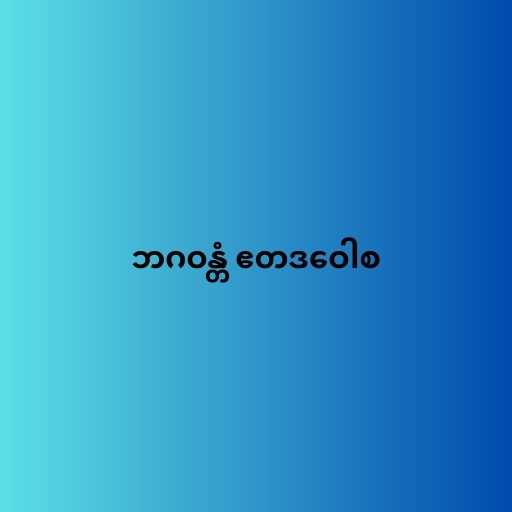
ဘဂဝန္တံ ဧတဒဝေါစ